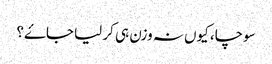
سوچا، کیوں نہ وزن ہی کر لیا جاۓ؟